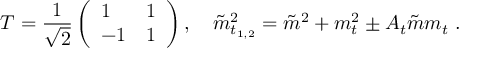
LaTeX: T = \frac { 1 } { \sqrt { 2 } } \left( \begin{array} { l l } { { 1 } } & { { 1 } } \\ { { - 1 } } & { { 1 } } \end{array} \right) , ~ ~ ~ \tilde { m } _ { t _ { 1 , 2 } } ^ { 2 } = \tilde { m } ^ { 2 } + m _ { t } ^ { 2 } \pm A _ { t } \tilde { m } m _ { t } \ .